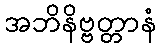
အဘိနိဗ္ဗတ္တာနံ